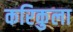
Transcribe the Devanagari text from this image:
करिकुला